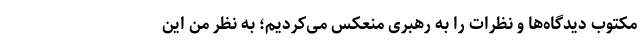
مکتوب دیدگاه‌ها و نظرات را به رهبری منعکس می‌کردیم؛ به نظر من این